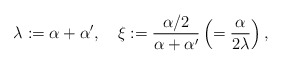
\begin{align*}\lambda := \alpha+\alpha', \quad \xi := {\alpha/2 \over \alpha+\alpha'} \left( = {\alpha \over 2\lambda} \right) ,\end{align*}